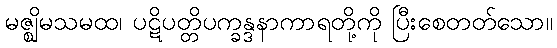
မဇ္ဈိမသမထ၊ ပဋိပတ္တိပက္ခန္ဒနာကာရတို့ကို ပြီးစေတတ်သော။